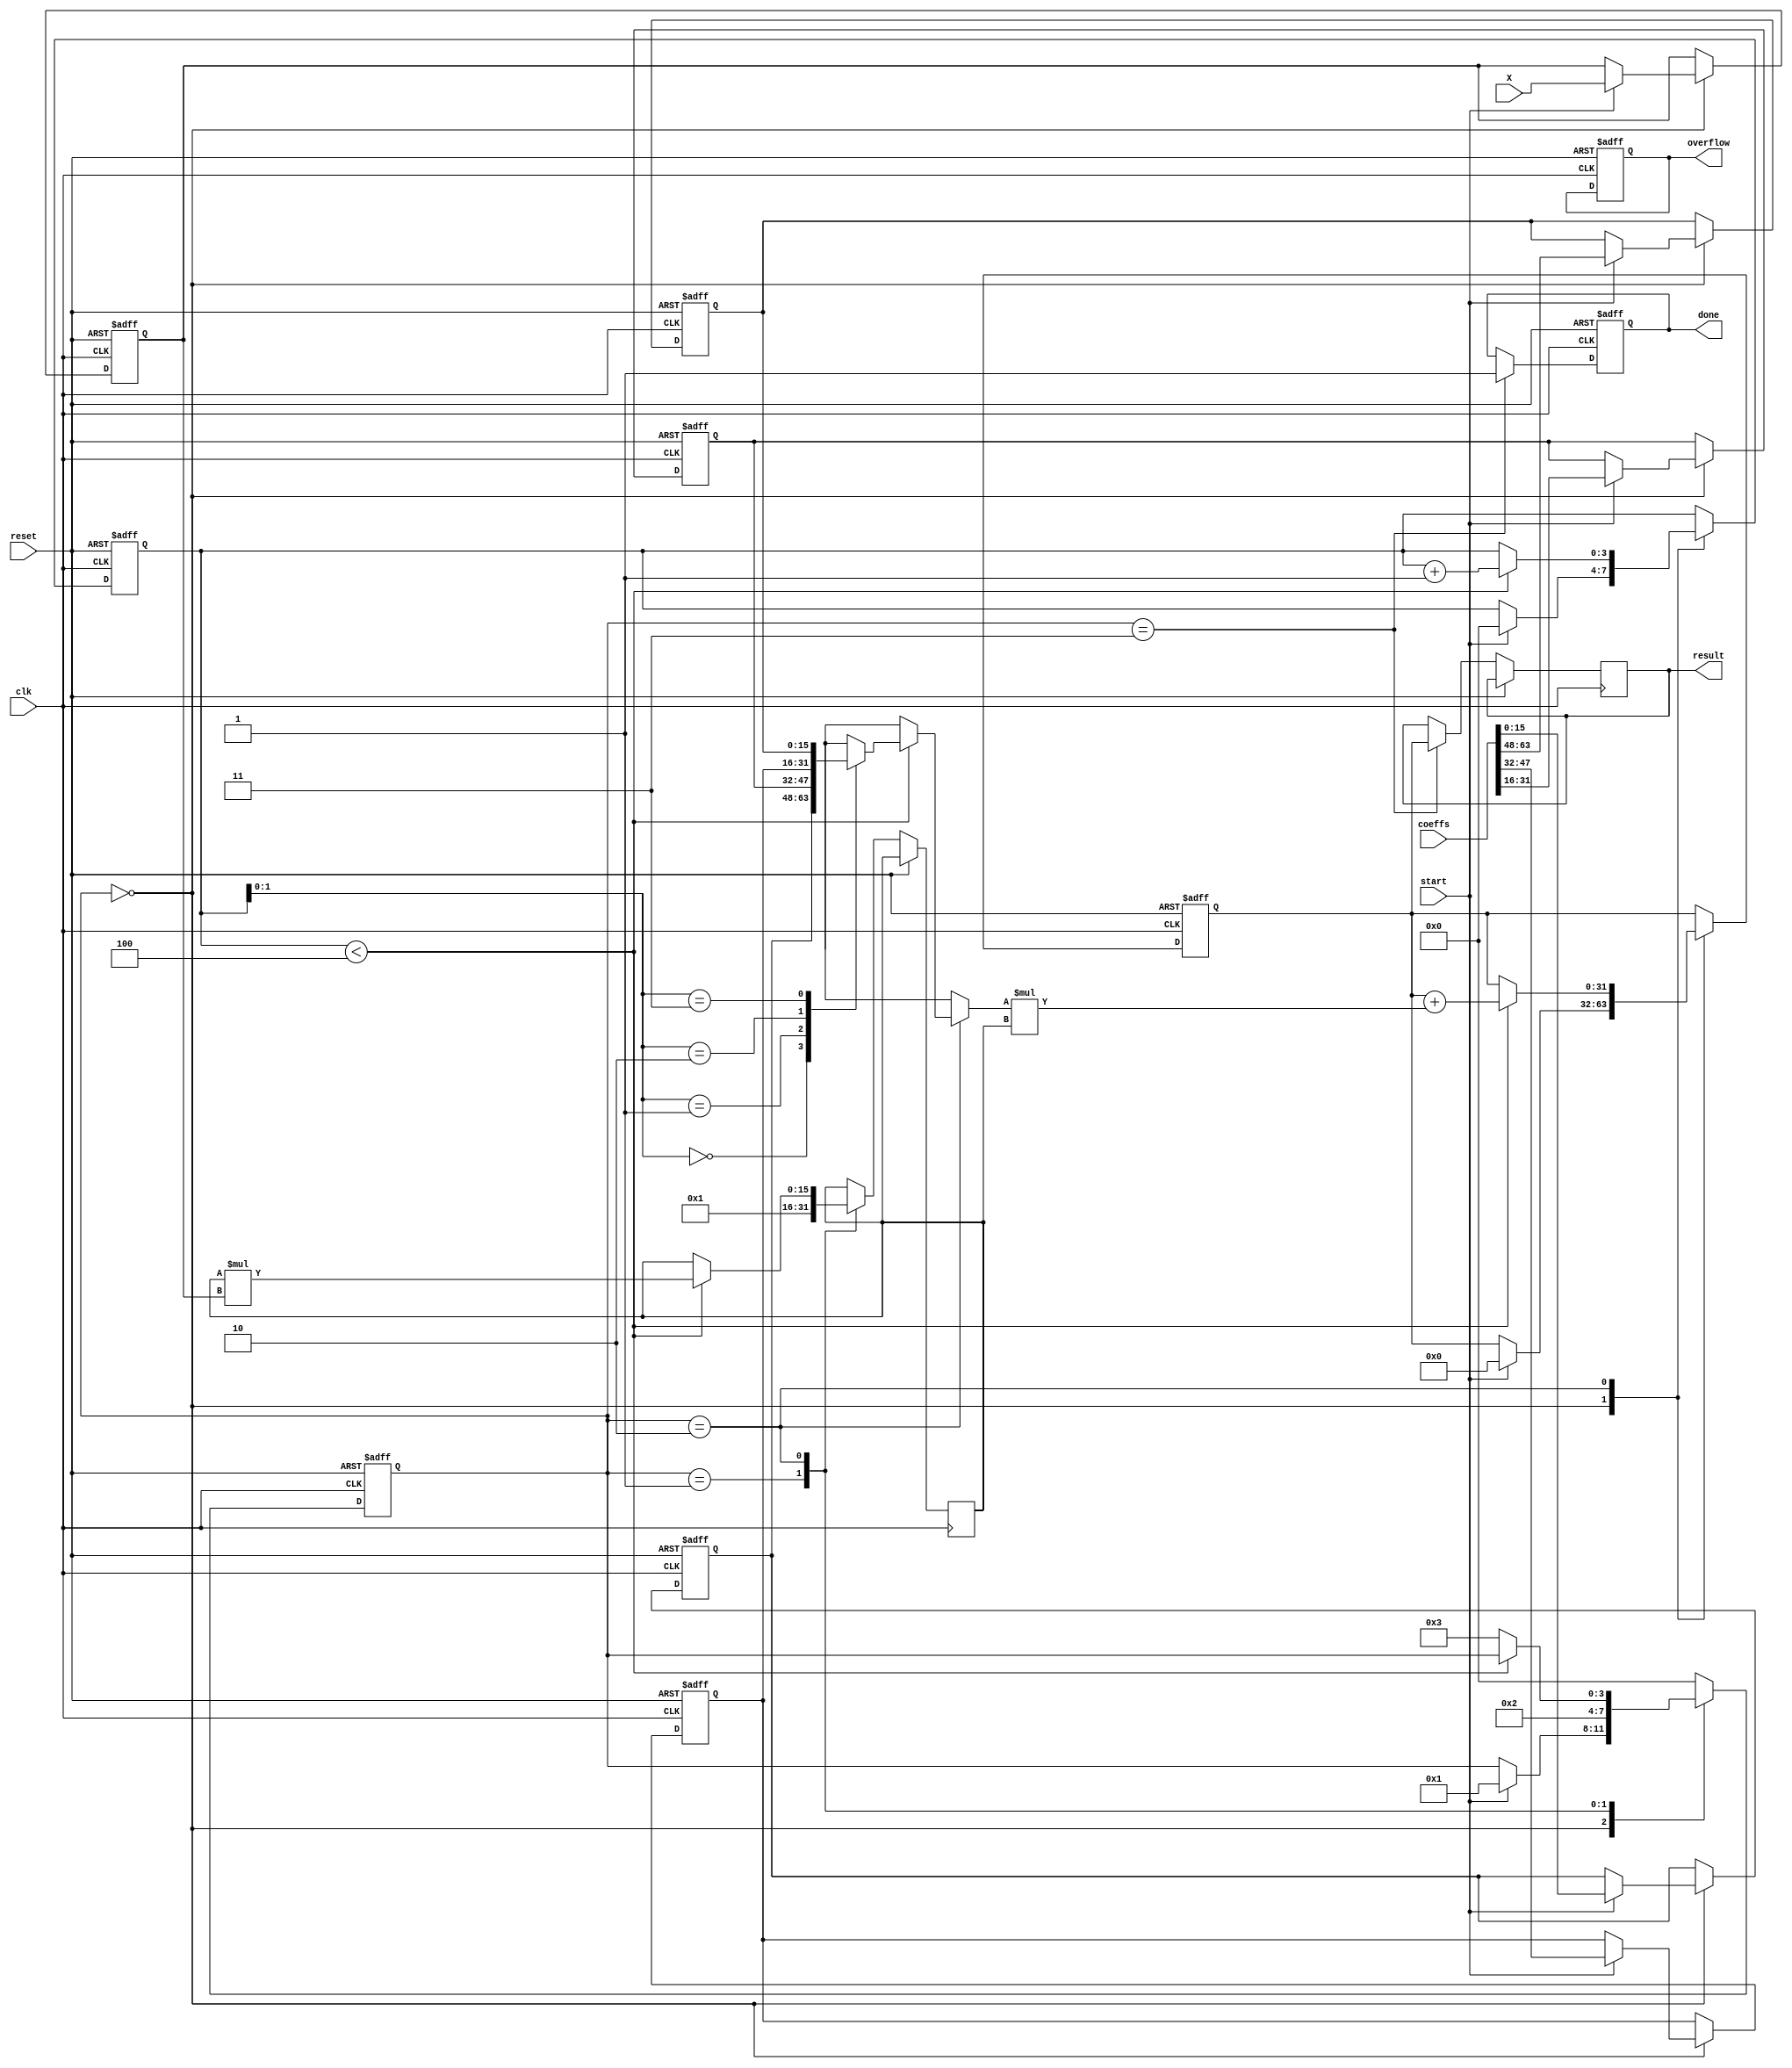
module cordic_poly_evaluator #(
    parameter COEFF_WIDTH = 16,   // Width of coefficients
    parameter X_WIDTH = 16,        // Width of input X
    parameter RESULT_WIDTH = 32,   // Width of result
    parameter POLY_DEGREE = 4      // Maximum degree of polynomial
)(
    input wire clk,
    input wire reset,
    input wire start,
    input wire [X_WIDTH-1:0] X,                       // Input vector
    input wire [POLY_DEGREE*COEFF_WIDTH-1:0] coeffs, // Coefficients array
    output reg [RESULT_WIDTH-1:0] result,             // Evaluated polynomial value
    output reg done,                                   // Completion flag
    output reg overflow                                 // Overflow flag
);

    reg [COEFF_WIDTH-1:0] coeff [0:POLY_DEGREE-1];    // Coefficients storage
    reg [X_WIDTH-1:0] x_reg;                           // Current X
    reg [RESULT_WIDTH-1:0] temp_result;               // Temporary result
    reg [3:0] state;                                   // State variable
    reg [3:0] index;                                   // Coefficient index
    reg [X_WIDTH-1:0] x_power;                         // X^index

    localparam IDLE = 0, INIT = 1, EVAL = 2, FINAL = 3;

    // Load coefficients from input
    integer i;
    always @(posedge clk or posedge reset) begin
        if (reset) begin
            for (i = 0; i < POLY_DEGREE; i = i + 1) begin
                coeff[i] <= 0;
            end
            x_reg <= 0;
            temp_result <= 0;
            state <= IDLE;
            done <= 0;
            overflow <= 0;
            index <= 0;
        end else begin
            case (state)
                IDLE: begin
                    if (start) begin
                        // Load input X and coefficients
                        x_reg <= X;
                        for (i = 0; i < POLY_DEGREE; i = i + 1) begin
                            coeff[i] <= coeffs[i*COEFF_WIDTH +: COEFF_WIDTH];
                        end
                        temp_result <= 0;
                        index <= 0;
                        state <= INIT;
                    end
                end
                
                INIT: begin
                    // Prepare for evaluation
                    x_power <= 1; // Start with x^0 = 1
                    state <= EVAL;
                end
                
                EVAL: begin
                    if (index < POLY_DEGREE) begin
                        // Compute polynomial term contribution
                        temp_result <= temp_result + coeff[index] * x_power;

                        // Update x_power for next term
                        x_power <= x_power * x_reg; // x^index increases
                        index <= index + 1;          // Move to next coefficient
                    end else begin
                        state <= FINAL; // Move to finalization
                    end
                end
                
                FINAL: begin
                    result <= temp_result; // Store final result
                    done <= 1;             // Set done flag
                    state <= IDLE;         // Go back to idle
                end
                
                default: state <= IDLE; // Safety default
            endcase
        end
    end
endmodule